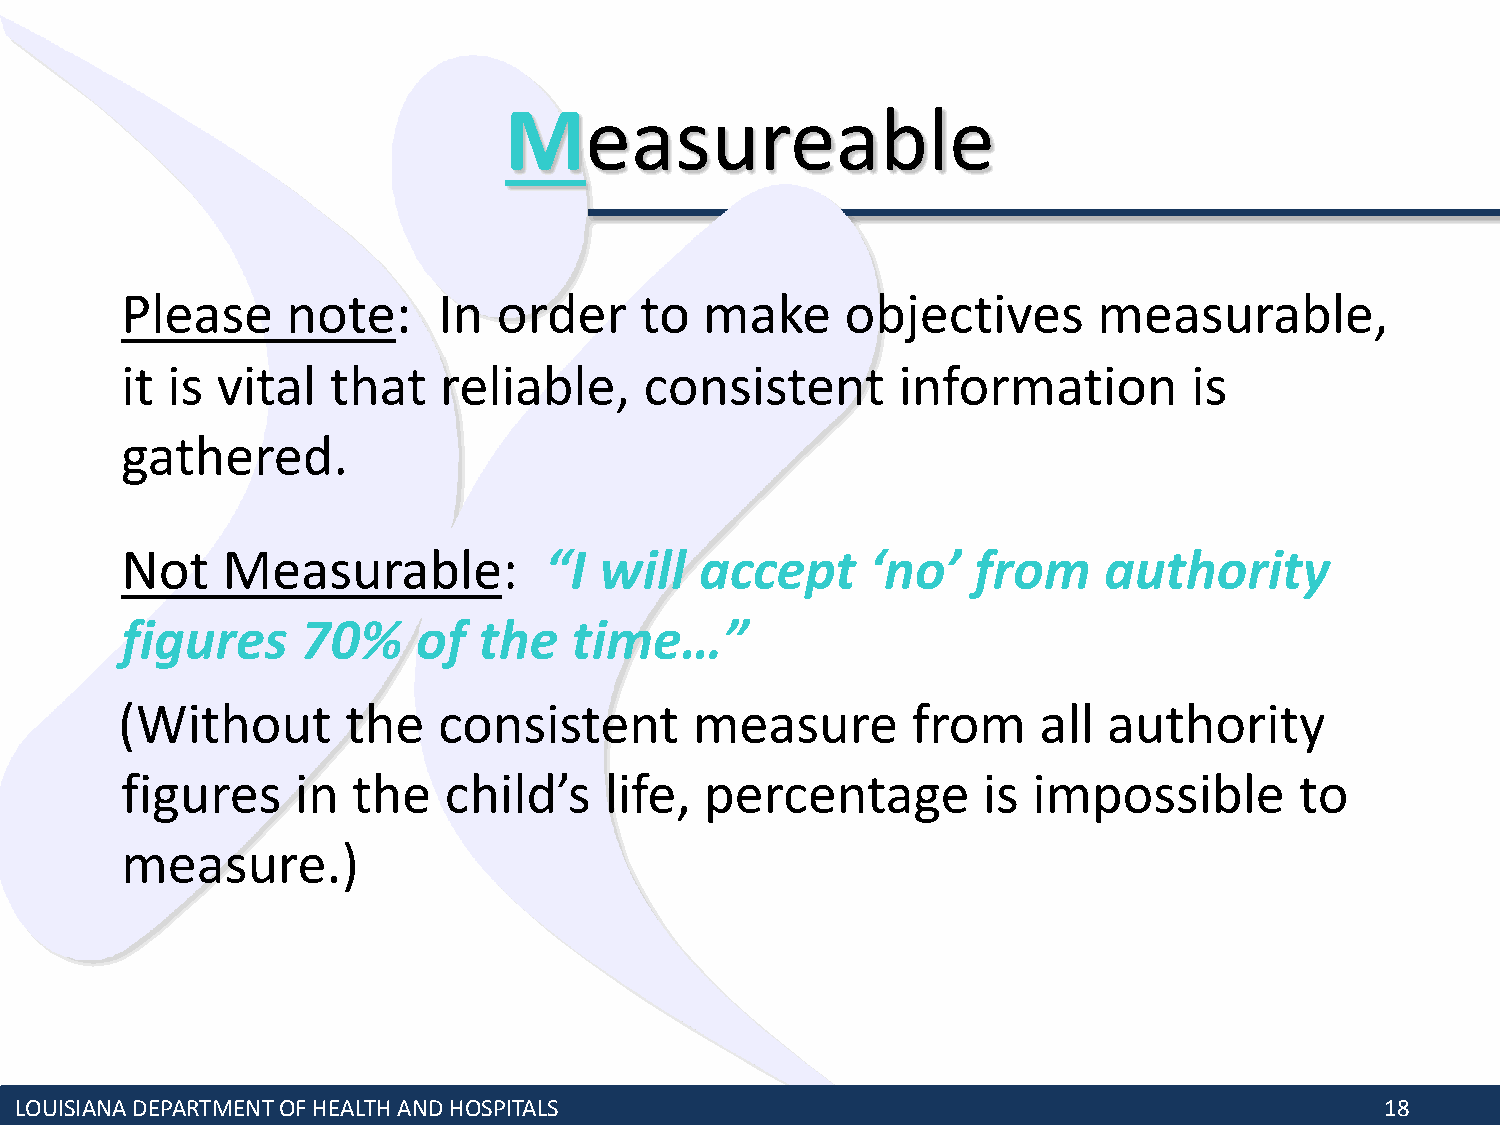
Measureable
 Please     note:     In  order    to   make     objectives       measurable,
 it is vital   that   reliable,     consistent      information         is
 gathered.
 Not    Measurable:          “I  will  accept      ‘no’  from     authority
 figures     70%     of  the   time…”
 (Without       the   consistent       measure       from     all authority
 figures     in the   child’s    life,  percentage        is impossible        to
 measure.)
 LOUISIANA DEPARTMENT OF HEALTH AND HOSPITALS                                               18